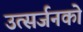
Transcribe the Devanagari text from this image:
उत्सर्जनको